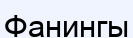
Фанингы